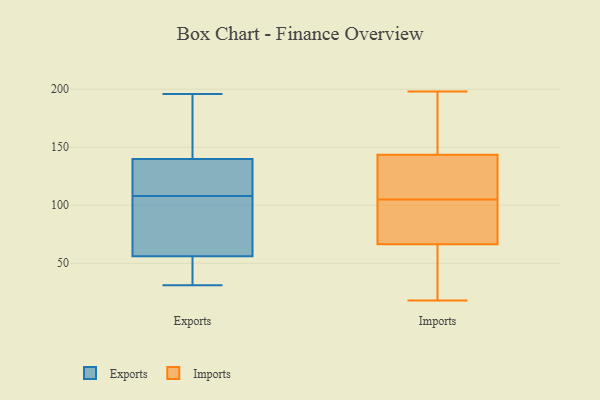
{"axis": {"x": "Customer Acquisition Cost (USD)", "y": "Value"}, "legend": ["Exports", "Imports"], "data": [{"x": "", "y": 31, "type": "Exports"}, {"x": "", "y": 169, "type": "Exports"}, {"x": "", "y": 159, "type": "Exports"}, {"x": "", "y": 103, "type": "Exports"}, {"x": "", "y": 115, "type": "Exports"}, {"x": "", "y": 33, "type": "Exports"}, {"x": "", "y": 113, "type": "Exports"}, {"x": "", "y": 56, "type": "Exports"}, {"x": "", "y": 130, "type": "Exports"}, {"x": "", "y": 140, "type": "Exports"}, {"x": "", "y": 79, "type": "Exports"}, {"x": "", "y": 78, "type": "Exports"}, {"x": "", "y": 196, "type": "Exports"}, {"x": "", "y": 37, "type": "Exports"}, {"x": "", "y": 162, "type": "Imports"}, {"x": "", "y": 18, "type": "Imports"}, {"x": "", "y": 21, "type": "Imports"}, {"x": "", "y": 74, "type": "Imports"}, {"x": "", "y": 143, "type": "Imports"}, {"x": "", "y": 198, "type": "Imports"}, {"x": "", "y": 61, "type": "Imports"}, {"x": "", "y": 53, "type": "Imports"}, {"x": "", "y": 32, "type": "Imports"}, {"x": "", "y": 104, "type": "Imports"}, {"x": "", "y": 123, "type": "Imports"}, {"x": "", "y": 76, "type": "Imports"}, {"x": "", "y": 144, "type": "Imports"}, {"x": "", "y": 163, "type": "Imports"}, {"x": "", "y": 142, "type": "Imports"}, {"x": "", "y": 72, "type": "Imports"}, {"x": "", "y": 106, "type": "Imports"}, {"x": "", "y": 108, "type": "Imports"}, {"x": "", "y": 101, "type": "Imports"}, {"x": "", "y": 153, "type": "Imports"}]}